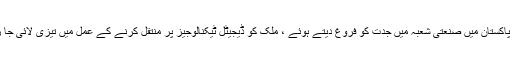
اس طرح پاکستان میں صنعتی شعبہ میں جدّت کو فروغ دیتے ہوئے ، ملک کو ڈیجیٹل ٹیکنالوجیز پر منتقل کرنے کے عمل میں تیزی لائی جا رہی ہے ۔